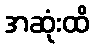
အဆုံးထိ